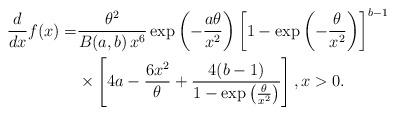
LaTeX: \begin{align*}\frac{d}{dx}f(x) =&\frac{\theta^{2}}{B(a,b)\,x^6}\exp\left(-\frac{a\theta}{x^2}\right)\left[1-\exp\left(-\frac{\theta}{x^2}\right)\right]^{b-1}\\&\times\left[4a-\frac{6x^2}{\theta}+\frac{4(b-1)}{1-\exp\left(\frac{\theta}{x^2}\right)}\right],x>0.\end{align*}